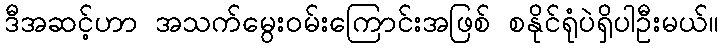
ဒီအဆင့်ဟာ အသက်မွေး၀မ်းကြောင်းအဖြစ် စနိုင်ရုံပဲရှိပါဦးမယ်။